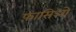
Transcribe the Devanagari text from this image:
फ़ासिओ